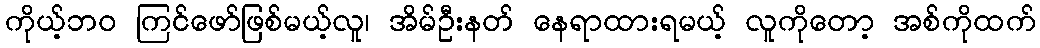
ကိုယ့်ဘဝ ကြင်ဖော်ဖြစ်မယ့်လူ၊ အိမ်ဦးနတ် နေရာထားရမယ့် လူကိုတော့ အစ်ကိုထက်